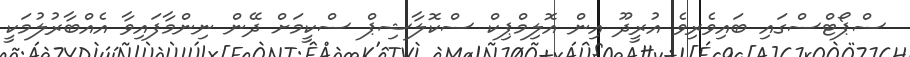
ސްޕޯޓްސްގައި ބައިވެރިވެ އުރީދޫ އިން އޮލިމްޕިކް ސްކޮލާޝިޕް ސްކީމަށް ދޭން ނިންމާފައިވާ އެއްބާރުލުމަކީ